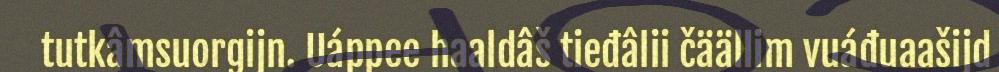
tutkâmsuorgijn. Uáppee haaldâš tieđâlii čäällim vuáđuaašijd